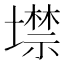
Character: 𡑲